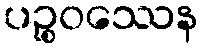
ပဉ္စဝဿေန